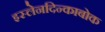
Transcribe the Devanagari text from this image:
इस्लेनदिन्काबोक